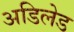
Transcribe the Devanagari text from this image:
अडिलेड